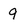
Character: 9